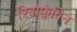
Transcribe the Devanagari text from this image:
रिबोफ्लैविन